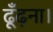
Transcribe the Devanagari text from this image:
ढूँढ़ना।